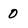
Character: 0